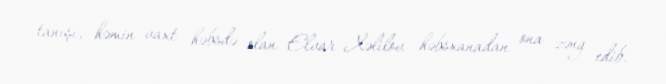
tanışı, həmin vaxt həbsdə olan Elvar Xəlilov həbsxanadan ona zəng edib.